Lunatic asylums United Prov. 1922-30 - 1922-1930
Year: 1922
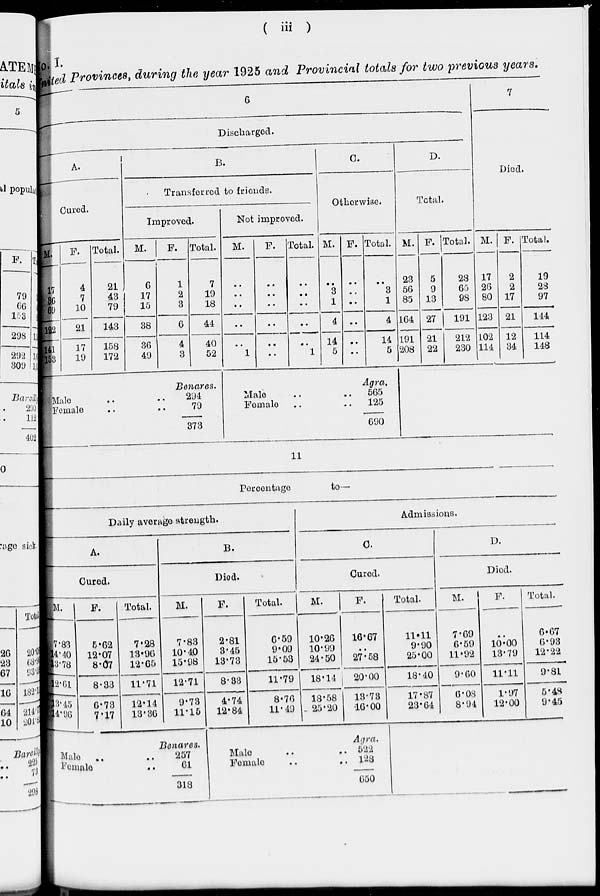
( iii )
No. I.
printed Provinces, during the year 1925 and Provincial totals for two previous years.
6
Discharged.
A.
Cured.
M.
17
36
69
123
141
153
F.
4
7
10
21
17
10
Total.
21
43
79
143
158
172
B.
Transferred to friends.
Improved.
M.
6
17
15
38
36
49
F.
1
2
3
6
4
3
Total.
7
19
18
44
40
52
Not improved.
M.
..
..
..
..
..
1
F.
..
..
..
..
..
..
Total.
..
..
..
..
..
1
C.
Otherwise.
M.
..
3
1
4
14
5
F.
..
..
..
..
..
..
Total.
..
3
1
4
14
5
D.
Total.
M.
23
56
85
164
191
208
F.
5
9
13
27
21
22
Total.
23
65
98
191
212
230
7
Died.
M.
17
26
80
123
102
114
F.
2
2
17
21
12
34
Total.
19
28
97
144
114
148
Male
Female
Benares.
294
79
373
Male
Female
Agra.
565
125
690
11
Percentage
to—
Daily average strength.
A.
Cured.
M.
7.83
14.40
13.78
12.61
13.45
14.96
F.
5.62
12.07
8.07
8.33
6.73
7.17
Total.
7.28
13.96
12.65
11.71
12.14
13.36
B.
Died.
M.
7.83
10.40
15.98
12.71
9.73
11.15
F.
2.81
3.45
13.73
8.33
4.74
12.84
Total.
6.59
9.09
15.53
11.79
8.76
11.49
Admissions.
C.
Cured.
M.
10.26
10.99
24.50
18.14
18.58
25.20
F.
16.67
..
27.58
20.00
13.73
16.00
Total.
11.11
9.90
25.00
18.40
17.87
23.64
D.
Died.
M.
7.69
6.59
11.92
9.60
6.08
8.94
F.
..
10.00
13.79
11.11
1.97
12.00
Total.
6.67
6.93
12.22
9.81
5.48
9.45
Male
..
Female ..
Benares.
257
61
318
Male ..
Female ..
Agra.
522
128
650